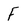
Character: F